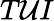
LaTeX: T\mathcal{U}I